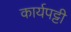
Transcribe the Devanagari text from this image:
कार्यपट्टी